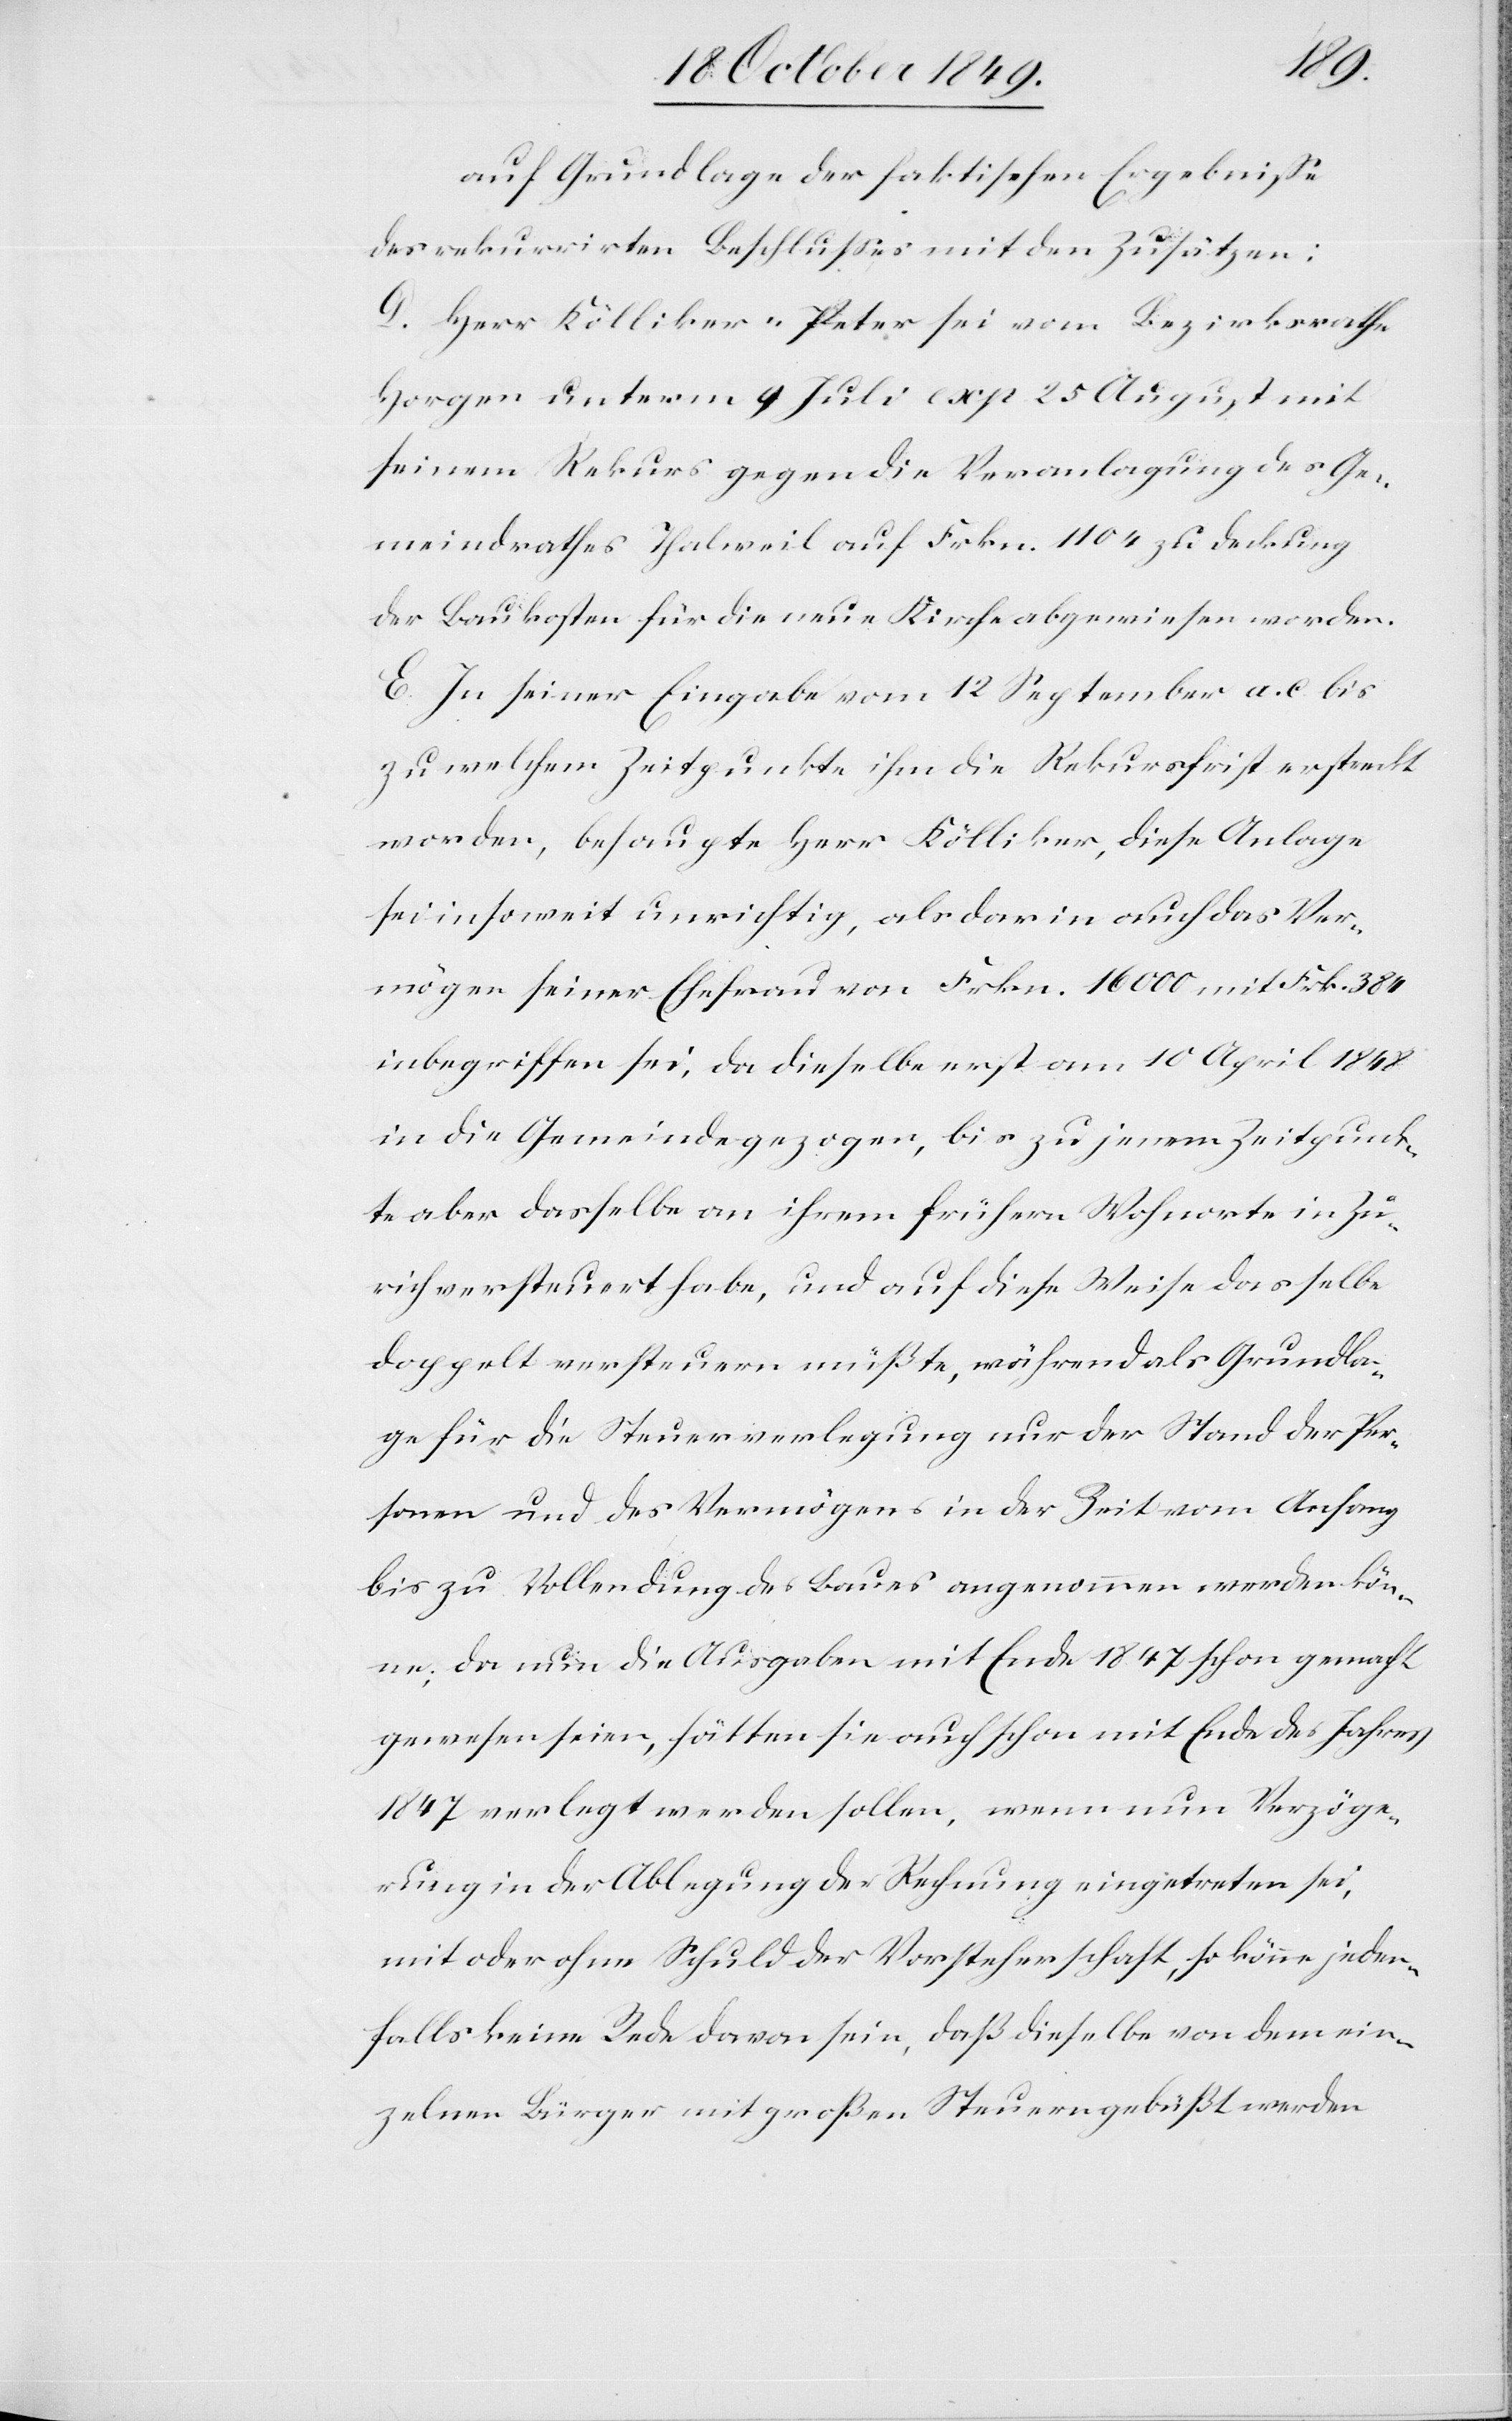
auf Grundlage der faktischen Ergebniße
des rekurrirten Beschlußes mit den Zusätzen:
D. Herr Kölliker-Peter sei vom Bezirksrathe
Horgen unterm 9 Juli exp. 25 August mit
seinem Rekurs gegen die Veranlagung des Ge¬
meindrathes Thalweil auf Frkn. 1104 zu Deckung
der Baukosten für die neue Kirche abgewiesen worden.
E. In seiner Eingabe vom 12 September a. c. bis
zu welchem Zeitpunkte ihm die Rekursfrist erstreckt
worden, behauptete Herr Kölliker, diese Anlage
sei insoweit unrichtig, als darin auch das Ver¬
mögen seiner Ehefrau von Frkn. 16000 mit Frk. 384
inbegriffen sei, da dieselbe erst am 10 April 1848
in die Gemeinde gezogen, bis zu jenem Zeitpunk¬
te aber dasselbe an ihrem frühern Wohnorte in Zü¬
rich versteuert habe, und auf diese Weise dasselbe
doppelt versteuern müße, während als Grundla¬
ge für die Steuerverlegung nur der Stand der Per¬
sonen und des Vermögens in der Zeit vom Anfang
bis zu Vollendung des Baues angenommen werden kön¬
ne, da nun die Ausgaben mit Ende 1847 schon gemacht
gewesen seien, hätten sie auch schon mit Ende des Jahres
1847 verlegt werden sollen, wenn nun Verzöge¬
rung in der Ablegung der Rechnung eingetreten sei,
mit oder ohne Schuld der Vorsteherschaft, so könne jeden¬
falls keine Rede davon sein, daß dieselbe von dem ein¬
zelnen Bürger mit großen Steuern gebüßt werden